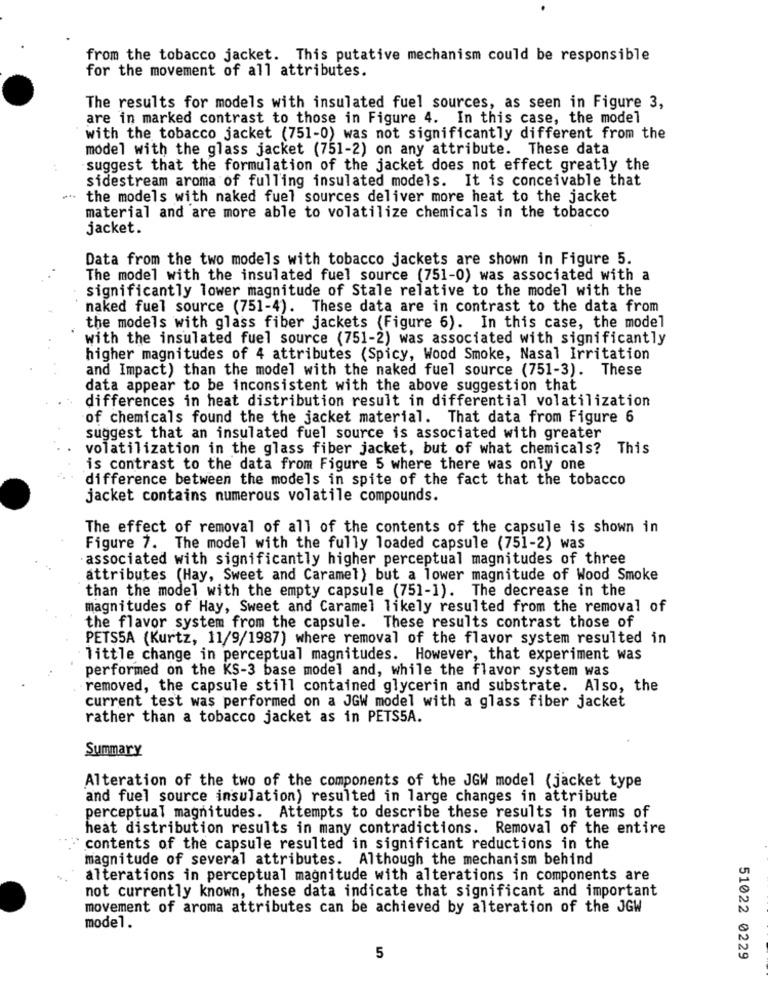
from the tobacco jacket. This putative mechanism could be responsible
for the movement of all attributes.
The results for models with insulated fuel sources, as seen in Figure 3,
are in marked contrast to those in Figure 4. In this case, the model
with the tobacco jacket (751-0) was not significantly different from the
model with the glass jacket (751-2) on any attribute. These data
suggest that the formulation of the jacket does not effect greatly the
sidestream aroma of fulling insulated models. It is conceivable that
the models with naked fuel sources deliver more heat to the jacket
material and are more able to volatilize chemicals in the tobacco
jacket.
Data from the two models with tobacco jackets are shown in Figure 5.
The model with the insulated fuel source (751-0) was associated with a
significantly lower magnitude of Stale relative to the model with the
naked fuel source (751-4). These data are in contrast to the data from
the models with glass fiber jackets (Figure 6). In this case, the model
with the insulated fuel source (751-2) was associated with significantly
higher magnitudes of 4 attributes (Spicy, Wood Smoke, Nasal Irritation
and Impact) than the model with the naked fuel source (751-3). These
data appear to be inconsistent with the above suggestion that
differences in heat distribution result in differential volatilization
of chemicals found the the jacket material. That data from Figure 6
suggest that an insulated fuel source is associated with greater
volatilization in the glass fiber jacket, but of what chemicals? This
is contrast to the data from Figure 5 where there was only one
difference between the models in spite of the fact that the tobacco
jacket contains numerous volatile compounds.
The effect of removal of all of the contents of the capsule is shown in
Figure 7. The model with the fully loaded capsule (751-2) was
associated with significantly higher perceptual magnitudes of three
attributes (Hay, Sweet and Caramel) but a lower magnitude of Wood Smoke
than the model with the empty capsule (751-1). The decrease in the
magnitudes of Hay, Sweet and Caramel likely resulted from the removal of
the flavor system from the capsule. These results contrast those of
PETS5A (Kurtz, 11/9/1987) where removal of the flavor system resulted in
little change in perceptual magnitudes. However, that experiment was
performed on the KS-3 base model and, while the flavor system was
removed, the capsule still contained glycerin and substrate. Also, the
current test was performed on a JGW model with a glass fiber jacket
rather than a tobacco jacket as in PETS5A.
Summary
Alteration of the two of the components of the JGW model (jacket type
and fuel source insulation) resulted in large changes in attribute
perceptual magnitudes. Attempts to describe these results in terms of
heat distribution results in many contradictions. Removal of the entire
contents of the capsule resulted in significant reductions in the
magnitude of several attributes. Although the mechanism behind
alterations in perceptual magnitude with alterations in components are
not currently known, these data indicate that significant and important
movement of aroma attributes can be achieved by alteration of the JGW
model.
5
51022 0229